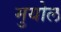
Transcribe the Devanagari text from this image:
मुयोल